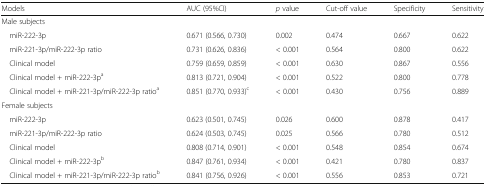
| Models | AUC (95%CI) | p value | Cut-off value | Specificity | Sensitivity |
 | --- | --- | --- | --- | --- | --- |
 | <COLSPAN=6> Male subjects |
 | miR-222-3p | 0.671 (0.566, 0.730) | 0.002 | 0.474 | 0.667 | 0.622 |
 | miR-221-3p/miR-222-3p ratio | 0.731 (0.626, 0.836) | < 0.001 | 0.564 | 0.800 | 0.622 |
 | Clinical model | 0.759 (0.659, 0.859) | < 0.001 | 0.630 | 0.867 | 0.556 |
 | Clinical model + miR-222-3pa | 0.813 (0.721, 0.904) | < 0.001 | 0.522 | 0.800 | 0.778 |
 | Clinical model + miR-221-3p/miR-222-3p ratioa | 0.851 (0.770, 0.933)c | < 0.001 | 0.430 | 0.756 | 0.889 |
 | <COLSPAN=6> Female subjects |
 | miR-222-3p | 0.623 (0.501, 0.745) | 0.026 | 0.600 | 0.878 | 0.417 |
 | miR-221-3p/miR-222-3p ratio | 0.624 (0.503, 0.745) | 0.025 | 0.566 | 0.780 | 0.512 |
 | Clinical model | 0.808 (0.714, 0.901) | < 0.001 | 0.548 | 0.854 | 0.674 |
 | Clinical model + miR-222-3pb | 0.847 (0.761, 0.934) | < 0.001 | 0.421 | 0.780 | 0.837 |
 | Clinical model + miR-221-3p/miR-222-3p ratiob | 0.841 (0.756, 0.926) | < 0.001 | 0.556 | 0.853 | 0.721 |